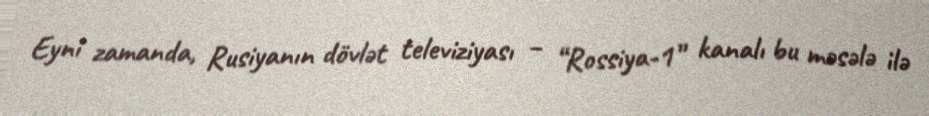
Eyni zamanda, Rusiyanın dövlət televiziyası – “Rossiya-1” kanalı bu məsələ ilə